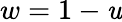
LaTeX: w=1-\mathit{u}